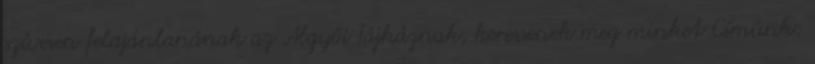
szívesen felajánlanának az Algyôi Tájháznak, keressenek meg minket Címünk: